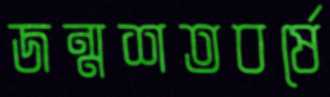
জন্মশতবর্ষে